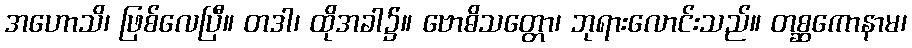
အဟောသိ၊ ဖြစ်လေပြီ။ တဒါ၊ ထိုအခါ၌။ ဗောဓိသတ္တော၊ ဘုရားလောင်းသည်။ တစ္ဆကောနာမ၊